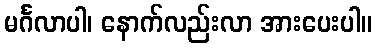
မင်္ဂလာပါ၊ နောက်လည်းလာ အားပေးပါ။